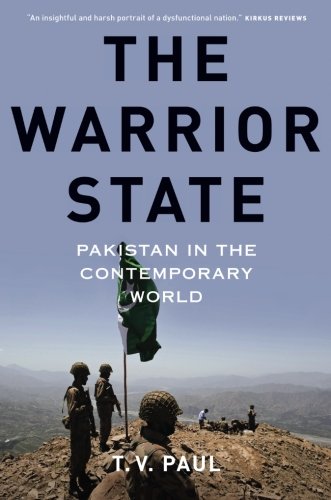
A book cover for The Warrior State: Pakistan in the Contemporary World; T.V. Paul; History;